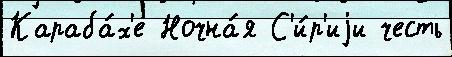
Караба́х'е Ночна́я С'и́р'иjи честь